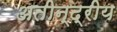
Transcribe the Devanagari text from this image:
अतीन्‍द्रीय